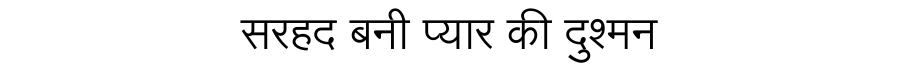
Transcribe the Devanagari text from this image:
सरहद बनी प्यार की दुश्मन